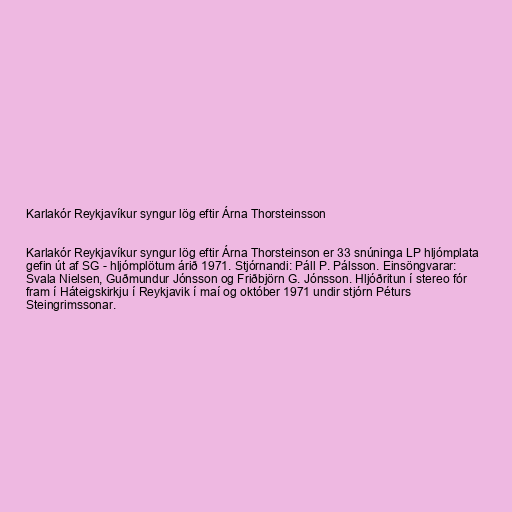
Karlakór Reykjavíkur syngur lög eftir Árna Thorsteinsson

Karlakór Reykjavíkur syngur lög eftir Árna Thorsteinson er 33 snúninga LP hljómplata
gefin út af SG - hljómplötum árið 1971. Stjórnandi: Páll P. Pálsson. Einsöngvarar:
Svala Nielsen, Guðmundur Jónsson og Friðbjörn G. Jónsson. Hljóðritun í stereo fór
fram í Háteigskirkju í Reykjavik í maí og október 1971 undir stjórn Péturs
Steingrimssonar.